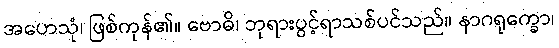
အဟေသုံ၊ ဖြစ်ကုန်၏။ ဗောဓိ၊ ဘုရားပွင့်ရာသစ်ပင်သည်။ နာဂရုက္ခော၊